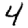
Digit: 4